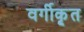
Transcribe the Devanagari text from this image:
वर्गीकृ्त